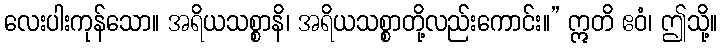
လေးပါးကုန်သော။ အရိယသစ္စာနိ၊ အရိယသစ္စာတို့လည်းကောင်း။” ဣတိ ဧဝံ၊ ဤသို့။